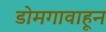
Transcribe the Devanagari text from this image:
डोमगावाहून